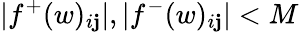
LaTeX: |f^{+}(w)_{i\mathbf{j}}|,|f^{-}(w)_{i\mathbf{j}}|<M